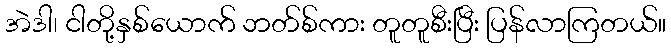
အဲဒါ၊ ငါတို့နှစ်ယောက် ဘတ်စ်ကား တူတူစီးပြီး ပြန်လာကြတယ်။